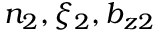
n _ { 2 } , \xi _ { 2 } , b _ { z 2 }